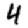
Digit: 4